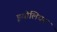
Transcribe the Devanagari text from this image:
इयोलियन